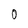
Character: 0